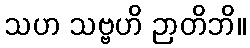
သဟ သဗ္ဗဟိ ဉာတိဘိ။